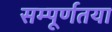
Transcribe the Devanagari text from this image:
सम्पूर्णतया